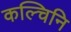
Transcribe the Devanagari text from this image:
कल्चिनि